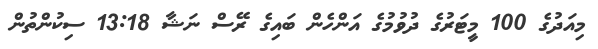
މިއަދުގެ 100 މީޓަރުގެ ދުވުމުގެ އަންހެން ބައިގެ ރޭސް ނަޝާ 13:18 ސިކުންތުން